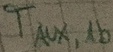
Text: TAUX,1b